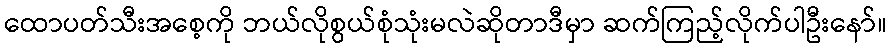
ထောပတ်သီးအစေ့ကို ဘယ်လိုစွယ်စုံသုံးမလဲဆိုတာဒီမှာ ဆက်ကြည့်လိုက်ပါဦးနော်။